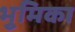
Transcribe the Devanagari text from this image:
भूुमिका